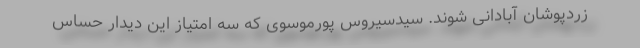
زردپوشان آبادانی شوند. سیدسیروس پورموسوی که سه امتیاز این دیدار حساس